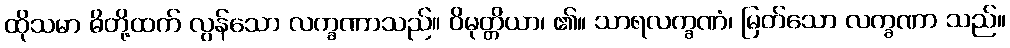
ထိုသမာ ဓိတို့ထက် လွန်သော လက္ခဏာသည်။ ဝိမုတ္တိယာ၊ ၏။ သာရလက္ခဏံ၊ မြတ်သော လက္ခဏာ သည်။